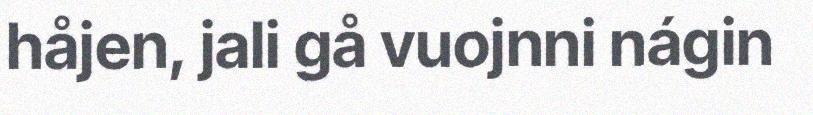
håjen, jali gå vuojnni nágin